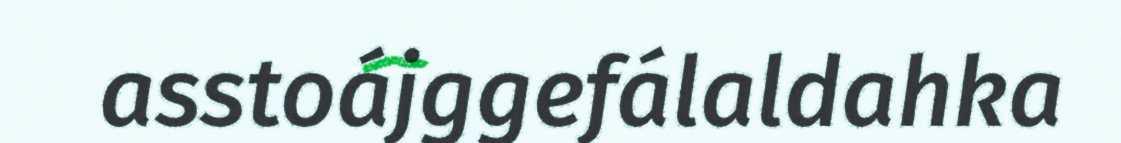
asstoájggefálaldahka